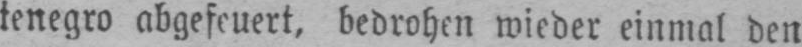
tenegro abgefeuert, bedrohen wieder einmal den